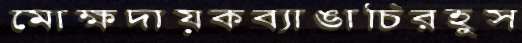
মোক্ষদায়কব্যাঙাচিরহুস